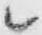
候